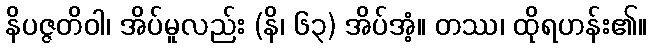
နိပဇ္ဇတိဝါ၊ အိပ်မူလည်း (နိ၊ ၆၃) အိပ်အံ့။ တဿ၊ ထိုရဟန်း၏။